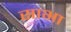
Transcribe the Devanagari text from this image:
साभा